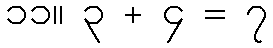
၁၁။ ၃ + ၄ = ၇